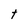
Character: t